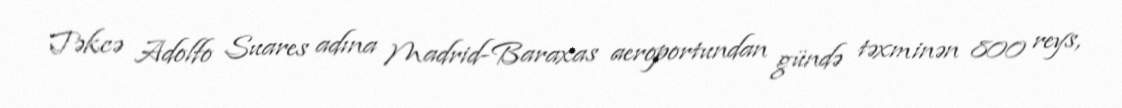
Təkcə Adolfo Suares adına Madrid-Baraxas aeroportundan gündə təxminən 800 reys,